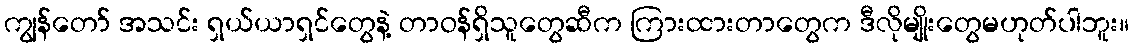
ကျွန်တော် အသင်း ရှယ်ယာရှင်တွေနဲ့ တာဝန်ရှိသူတွေဆီက ကြားထားတာတွေက ဒီလိုမျိုးတွေမဟုတ်ပါဘူး။